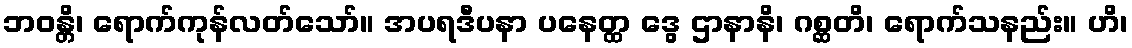
ဘဝန္တိ၊ ရောက်ကုန်လတ်သော်။ အပရဒီပနာ ပနေတ္ထ ဒွေ ဌာနာနိ၊ ဂစ္ဆတိ၊ ရောက်သနည်း။ ဟိ၊